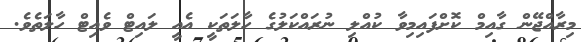
މިރާއްޖޭން ގާއިމް ކޮށްފައިމިވާ ކުއްލި ނުރައްކަލުގެ ހާލަތަކީ އެއީ ލައިޓް ވެއިޓް ހާލަތެވެ.